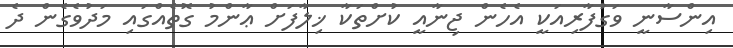
އިންސާނީ ވަގުފާރިއަކީ އެހެން ޖިނާއީ ކުށްތަކާ ޚިލާފަށް ޢާންމު ގޮތެއްގައި މަދުވެގެން ދެ